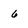
Character: 6